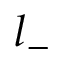
l _ { - }